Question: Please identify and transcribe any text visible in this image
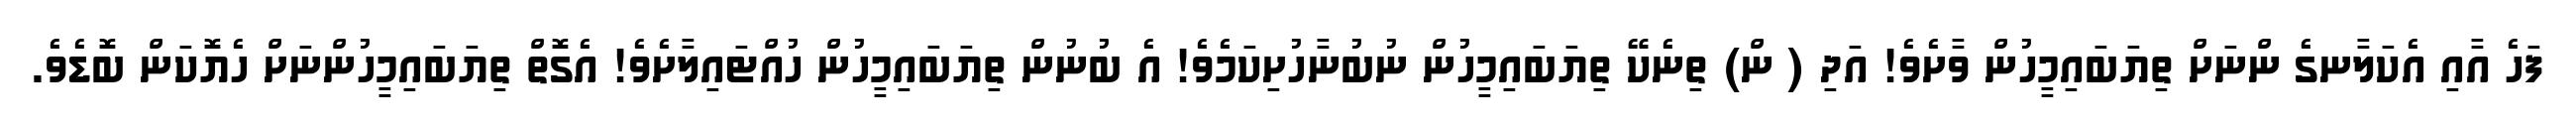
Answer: ފަހެ އާއި އެކަލާނގެ ންނަށް ތިޔަބައިމީހުން ވާށެވެ! އަދި ( ން) ތިނެކޭ ތިޔަބައިމީހުން ނުބުނާހުށިކަމެވެ! އެ ބުނުން ތިޔަބައިމީހުން ހުއްޓައިލާށެވެ! އެގޮތް ތިޔަބައިމީހުންނަށް ހެޔޮކަން ބޮޑެވެ.